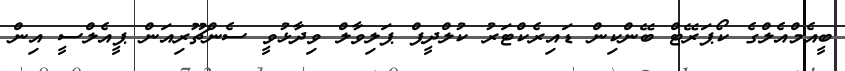
ބީއެމްއެލްގެ ކޯޕަރޭޓް ބޭންކިން ޑައިރެކްޓަރު ކުލްދީޕް ޕަލިވާލް ވިދާޅުވީ ސެންޗޫރިއަން ޕީއެލްސީ އިން